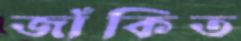
জাঁকিত